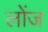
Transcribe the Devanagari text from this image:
लोंज